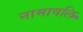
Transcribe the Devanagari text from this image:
नामावलि